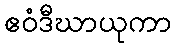
ဧဝံဒီဃာယုကာ